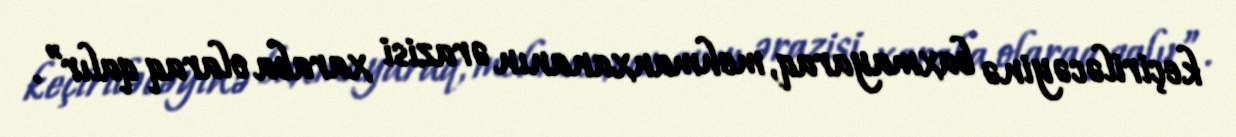
keçiriləcəyinə baxmayaraq, mehmanxananın ərazisi xaraba olaraq qalır”.